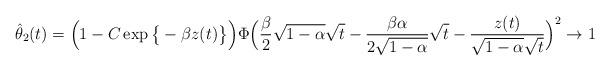
LaTeX: \begin{align*}\hat{\theta}_2(t) = \Big( 1 - C \exp \big\{- \beta z(t) \big\} \Big) \Phi \Big( \frac{\beta}{2} \sqrt{1 - \alpha} \sqrt{t} - \frac{\beta \alpha}{2 \sqrt{1- \alpha} } \sqrt{t}- \frac{z(t)}{\sqrt{1 - \alpha} \sqrt{t}} \Big)^2 \to 1\end{align*}